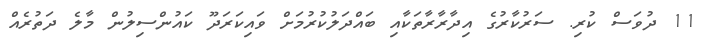
11 ދުވަސް ކުރި. ސަރުކާރުގެ އިދާރާރާތަކާއި ބައްދަލުކުރުމަށް ވައިކަރަދޫ ކައުންސިލުން މާލެ ދަތުރެއް